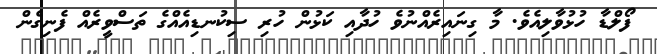
ފޯލްޑާ ހުޅުވާލިއެވެ. މާ ގިނައިރެއްނުވެ ހުދާއި ކަޅުން ހުރި ސިކުނޑިއެއްގެ ތަސްވީރެއް ފެނިގެން